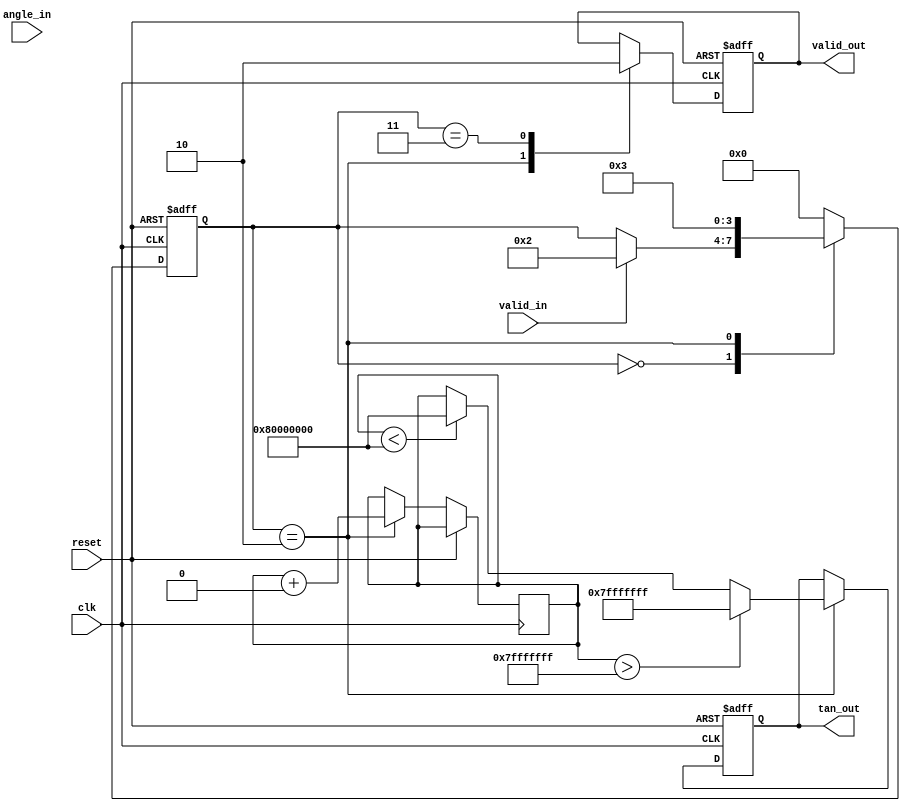
module tan_arithmetic_block (
    input wire clk,
    input wire reset,
    input wire valid_in,
    input wire [31:0] angle_in, // Fixed-point representation of angle in radians
    output reg valid_out,
    output reg [31:0] tan_out // Fixed-point representation of tangent
);

// Constants for fixed-point representation
parameter FIXED_POINT_FRACTIONAL_BITS = 16;
parameter PI = 32'h3243F6A8; // Approximation of  in fixed-point
parameter HALF_PI = 32'h1921FB54; // Approximation of /2 in fixed-point

// Internal signals
reg [31:0] normalized_angle;
reg [31:0] angle_squared;
reg [31:0] result;
reg [3:0] state;

// State encoding
localparam IDLE = 0;
localparam NORMALIZE = 1;
localparam COMPUTE = 2;
localparam OUTPUT = 3;

// Normalization and computation
always @(posedge clk or posedge reset) begin
    if (reset) begin
        state <= IDLE;
        valid_out <= 0;
        tan_out <= 0;
    end else begin
        case (state)
            IDLE: begin
                if (valid_in) begin
                    // Normalize input angle
                    if (angle_in > HALF_PI) begin
                        normalized_angle <= angle_in - PI;
                    end else if (angle_in < -HALF_PI) begin
                        normalized_angle <= angle_in + PI;
                    end else begin
                        normalized_angle <= angle_in;
                    end
                    state <= COMPUTE;
                end
            end
            
            COMPUTE: begin
                // Compute tangent using Taylor series: tan(x)  x + x^3/3 + x^5/5 + ...
                angle_squared <= normalized_angle * normalized_angle >> FIXED_POINT_FRACTIONAL_BITS; // x^2
                result <= normalized_angle; // Start with x
                result <= result + (normalized_angle * angle_squared >> FIXED_POINT_FRACTIONAL_BITS) / 3; // + x^3/3
                result <= result + (normalized_angle * angle_squared * angle_squared >> (2 * FIXED_POINT_FRACTIONAL_BITS)) / 5; // + x^5/5
                // Add more terms for higher precision if needed

                // Check for overflow conditions
                if (result > 32'h7FFFFFFF) begin
                    tan_out <= 32'h7FFFFFFF; // Saturate to max positive value
                end else if (result < 32'h80000000) begin
                    tan_out <= 32'h80000000; // Saturate to max negative value
                end else begin
                    tan_out <= result;
                end
                
                valid_out <= 1;
                state <= OUTPUT;
            end
            
            OUTPUT: begin
                // Wait for next valid input
                valid_out <= 0;
                state <= IDLE;
            end
            
            default: state <= IDLE;
        endcase
    end
end

endmodule